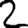
Digit: 2